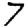
Digit: 7